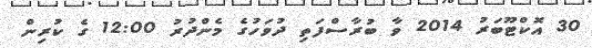
30 އޮކްޓޫބަރު 2014 ވާ ބުރާސްފަތި ދުވަހުގެ މެންދުރު 12:00 ގެ ކުރިން